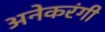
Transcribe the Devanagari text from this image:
अनेकरंगी